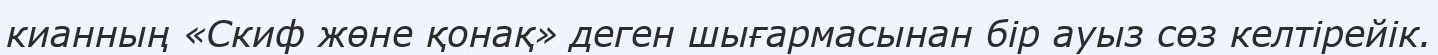
кианның «Скиф жөне қонақ» деген шығармасынан бір ауыз сөз келтірейік.